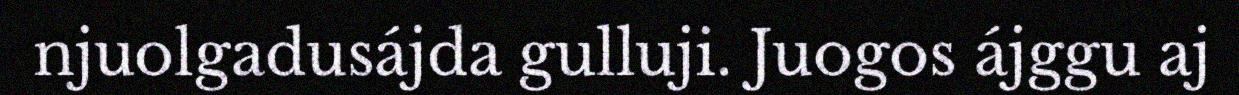
njuolgadusájda gulluji. Juogos ájggu aj